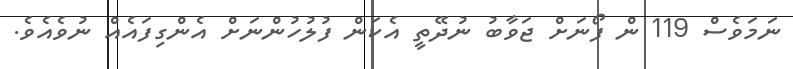
ނަމަވެސް 119 ން ފޯނަށް ޖަވާބު ނުދޭތީ އެކަން ފުލުހުންނަށް އެންގިފައެއް ނުވެއެވެ.